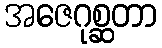
အဇေဂုစ္ဆတာ